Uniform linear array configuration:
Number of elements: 16
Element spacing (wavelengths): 1
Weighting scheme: cosine
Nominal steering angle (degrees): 30
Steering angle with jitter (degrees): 30.816
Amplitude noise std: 0.05
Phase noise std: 0.05

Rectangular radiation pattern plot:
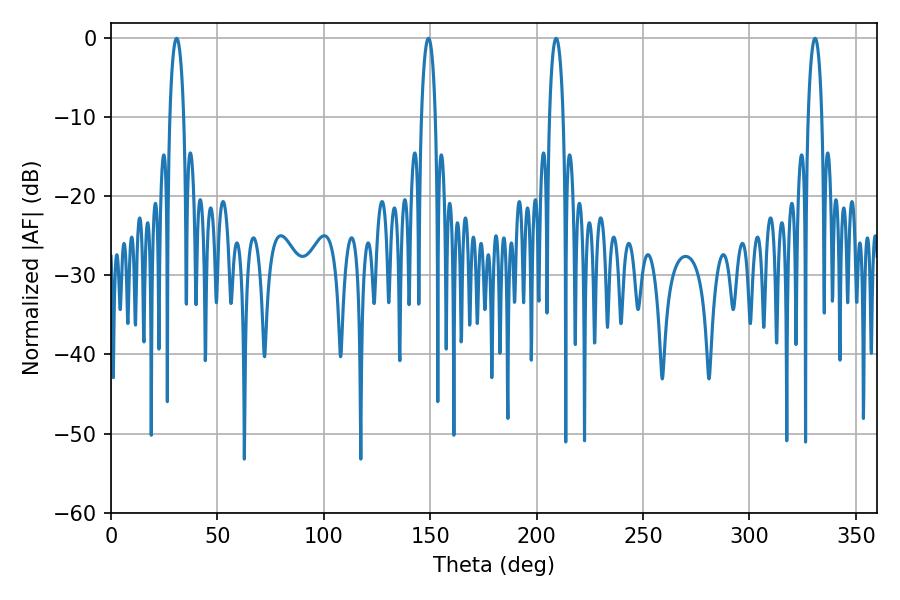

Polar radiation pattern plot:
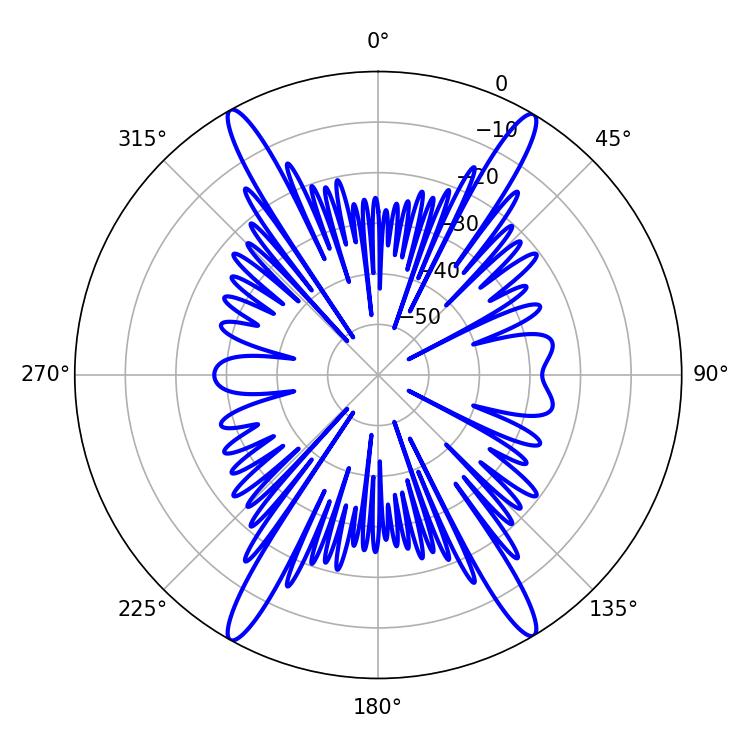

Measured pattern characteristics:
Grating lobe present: TRUE
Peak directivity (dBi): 25.202
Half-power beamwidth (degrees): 3.6
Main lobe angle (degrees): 209.16